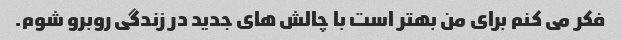
فکر می کنم برای من بهتر است با چالش های جدید در زندگی روبرو شوم.